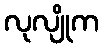
လုလျိုက